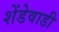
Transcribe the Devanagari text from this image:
शेंडेवाडी